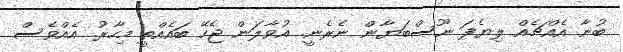
ބުނާ އެއްޗެއް ލިޔެފަ ނޫސްބަޔާން ނެރެނީ. އުވާލަން ޖެހޭ ބައެއްތީ މިހާރު. އެއްވެސް